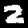
Digit: 2